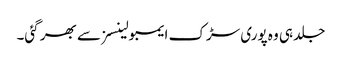
جلد ہی وہ پوری سڑک ایمبولینسز سے بھر گئی۔